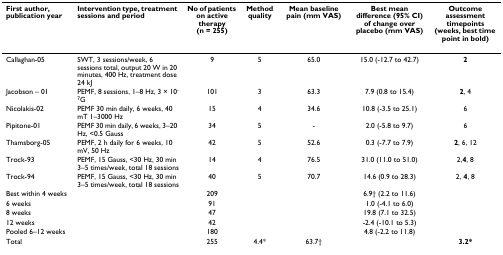
| First author, publication year | Intervention type, treatment sessions and period | No of patients on active therapy (n = 255) | Method quality | Mean baseline pain (mm VAS) | Best mean difference (95% CI) of change over placebo (mm VAS) | Outcome assessment timepoints (weeks, best time point in bold) |
 | --- | --- | --- | --- | --- | --- | --- |
 | Callaghan-05 | SWT, 3 sessions/week, 6 sessions total, output 20 W in 20 minutes, 400 Hz, treatment dose 24 kJ | 9 | 5 | 65.0 | 15.0 (-12.7 to 42.7) | 2 |
 | Jacobson – 01 | PEMF, 8 sessions, 1–8 Hz, 3 × 10-7G | 101 | 3 | 63.3 | 7.9 (0.8 to 15.4) | 2, 4 |
 | Nicolakis-02 | PEMF 30 min daily, 6 weeks, 40 mT 1–3000 Hz | 15 | 4 | 34.6 | 10.8 (-3.5 to 25.1) | 6 |
 | Pipitone-01 | PEMF 30 min daily, 6 weeks, 3–20 Hz, <0.5 Gauss | 34 | 5 | - | 2.0 (-5.8 to 9.7) | 6 |
 | Thamsborg-05 | PEMF, 2 h daily for 6 weeks, 10 mV, 50 Hz | 42 | 5 | 52.6 | 0.3 (-7.7 to 7.9) | 2, 6, 12 |
 | Trock-93 | PEMF, 15 Gauss, <30 Hz, 30 min 3–5 times/week, total 18 sessions | 14 | 4 | 76.5 | 31.0 (11.0 to 51.0) | 2,4, 8 |
 | Trock-94 | PEMF, 15 Gauss, <30 Hz, 30 min 3–5 times/week, total 18 sessions | 40 | 5 | 70.7 | 14.6 (0.9 to 28.3) | 2, 4, 8 |
 | Best within 4 weeks |  | 209 |  |  | 6.9† (2.2 to 11.6) |  |
 | 6 weeks |  | 91 |  |  | 1.0 (-4.1 to 6.0) |  |
 | 8 weeks |  | 47 |  |  | 19.8 (7.1 to 32.5) |  |
 | 12 weeks |  | 42 |  |  | -2.4 (-10.1 to 5.3) |  |
 | Pooled 6–12 weeks |  | 180 |  |  | 4.8 (-2.2 to 11.8) |  |
 | Total |  | 255 | 4.4* | 63.7† |  | 3.2* |